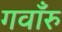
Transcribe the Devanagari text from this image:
गवाँरु